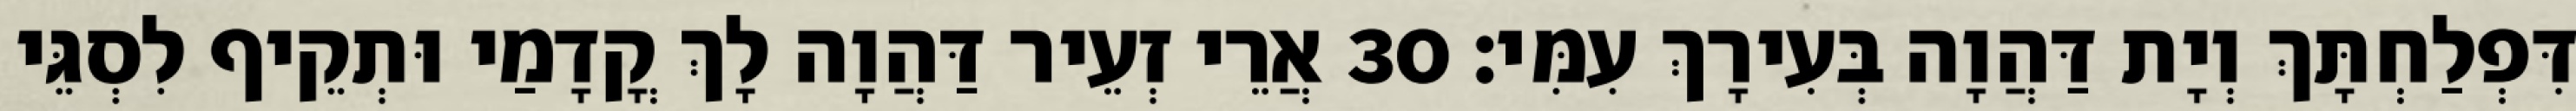
דִּפְלַחְתָּךְ וְיָת דַּהֲוָה בְּעִירָךְ עִמִּי׃ 30 אֲרֵי זְעֵיר דַּהֲוָה לָךְ קֳדָמַי וּתְקֵיף לִסְגֵּי